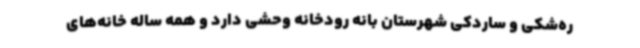
ره‌شکی و ساردکی شهرستان بانه رودخانه وحشی دارد و همه ساله خانه‌های